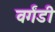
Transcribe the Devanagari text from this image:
वर्गंडी